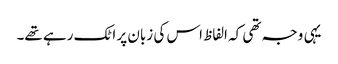
یہی وجہ تھی کہ الفاظ اس کی زبان پر اٹک رہے تھے۔